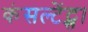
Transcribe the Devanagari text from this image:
कंसल्टेंट्स।